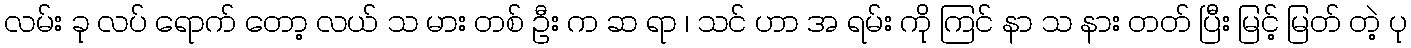
လမ်း ခု လပ် ရောက် တော့ လယ် သ မား တစ် ဦး က ဆ ရာ ၊ သင် ဟာ အ ရမ်း ကို ကြင် နာ သ နား တတ် ပြီး မြင့် မြတ် တဲ့ ပု